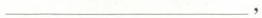
___，